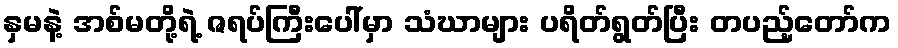
နှမနဲ့ အစ်မတို့ရဲ့ ဇရပ်ကြီးပေါ်မှာ သံဃာများ ပရိတ်ရွတ်ပြီး တပည့်တော်က